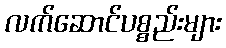
လက်ဆောင်ပစ္စည်းများ